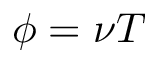
\phi = \nu T